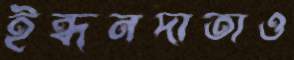
ইন্ধনদাতাও